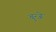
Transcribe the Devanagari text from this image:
बुन्जे